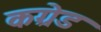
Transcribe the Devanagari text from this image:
कग्रेड